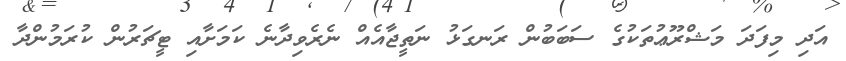
އަދި މިފަދަ މަޝްރޫޢުތަކުގެ ސަބަބުން ރަނގަޅު ނަތީޖާއެއް ނެރެވިދާނެ ކަމަށާއި ޓީޗަރުން ކުރަމުންދާ